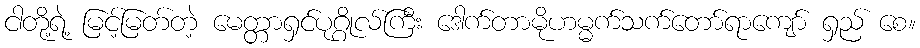
ငါတို့ရဲ့ မြင့်မြတ်တဲ့ မေတ္တာရှင်ပုဂ္ဂိုလ်ကြီး ဒေါက်တာမိုဟမ္မက်သက်တော်ရာကျော် ရှည် စေ။